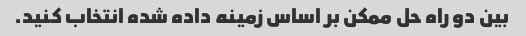
بین دو راه حل ممکن بر اساس زمینه داده شده انتخاب کنید.